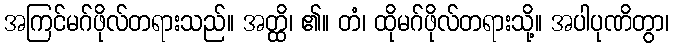
အကြင်မဂ်ဖိုလ်တရားသည်။ အတ္ထိ၊ ၏။ တံ၊ ထိုမဂ်ဖိုလ်တရားသို့။ အပါပုဏိတွာ၊